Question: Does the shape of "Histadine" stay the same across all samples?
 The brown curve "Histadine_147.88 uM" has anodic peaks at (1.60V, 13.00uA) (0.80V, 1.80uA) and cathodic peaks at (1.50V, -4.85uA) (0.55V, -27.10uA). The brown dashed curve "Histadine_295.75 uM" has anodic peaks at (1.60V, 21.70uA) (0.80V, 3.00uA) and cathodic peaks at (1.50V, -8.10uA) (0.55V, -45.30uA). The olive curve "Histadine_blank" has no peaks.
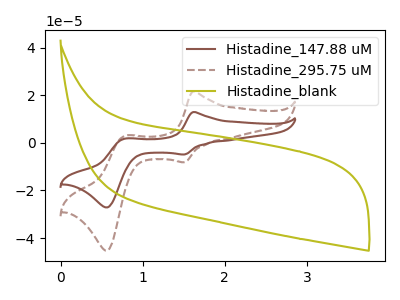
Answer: <think>All the peaks in "Histadine_147.88 uM" have a peak in "Histadine_295.75 uM" at the same potential. Every peak in "Histadine_147.88 uM" is lower than every peak in "Histadine_295.75 uM". "Histadine_147.88 uM" and "Histadine_blank" have a different number of peaks. "Histadine_295.75 uM" and "Histadine_blank" have a different number of peaks.
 </think>
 <answer>All the CV's of "Histadine" have similar shape.</answer>
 <eval>follow_rule</eval>